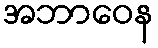
အဘာဝေန